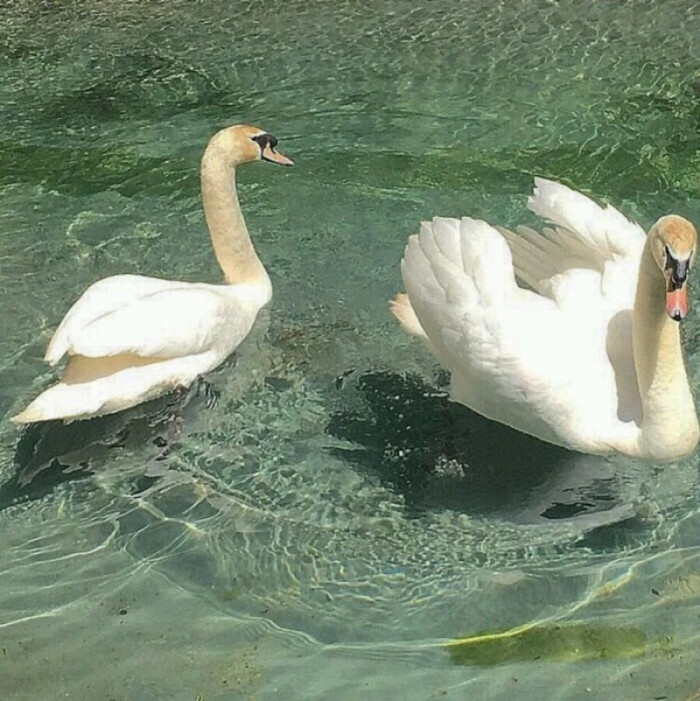
纵使文章惊海内，纸上苍生而已。